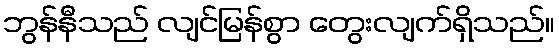
ဘွန်နီသည် လျင်မြန်စွာ တွေးလျက်ရှိသည်။